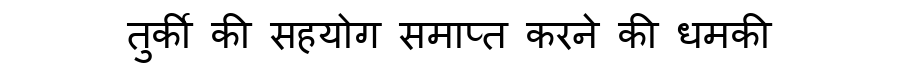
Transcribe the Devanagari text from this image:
तुर्की की सहयोग समाप्त करने की धमकी